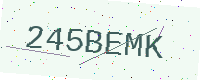
Text: 245BEMK